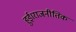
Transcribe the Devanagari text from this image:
हुई।राजनीतिक